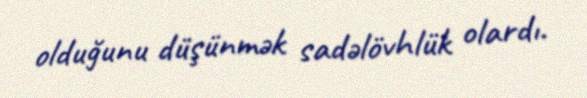
olduğunu düşünmək sadəlövhlük olardı.